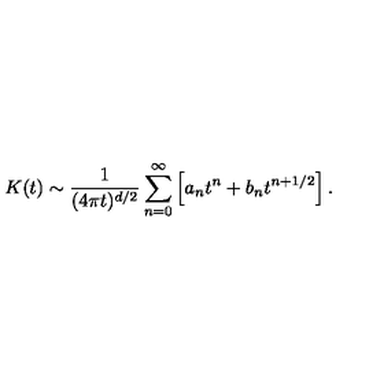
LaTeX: K ( t ) \sim { \frac { 1 } { ( 4 \pi t ) ^ { d / 2 } } } \sum _ { n = 0 } ^ { \infty } \left[ a _ { n } t ^ { n } + b _ { n } t ^ { n + 1 / 2 } \right] .